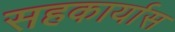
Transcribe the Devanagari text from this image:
सहकार्यास